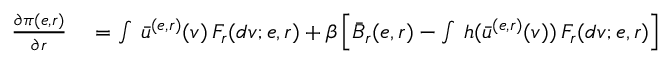
\begin{array} { r l } { \frac { \partial \pi ( e , r ) } { \partial r } } & { { } = \int \, \bar { u } ^ { ( e , r ) } ( v ) \, F _ { r } ( d v ; e , r ) + \beta \left[ \bar { B } _ { r } ( e , r ) - \int \, h ( \bar { u } ^ { ( e , r ) } ( v ) ) \, F _ { r } ( d v ; e , r ) \right] } \end{array}